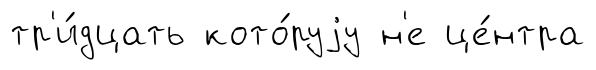
тр'и́дцать кото́руjу н'е це́нтра